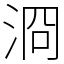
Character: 浻